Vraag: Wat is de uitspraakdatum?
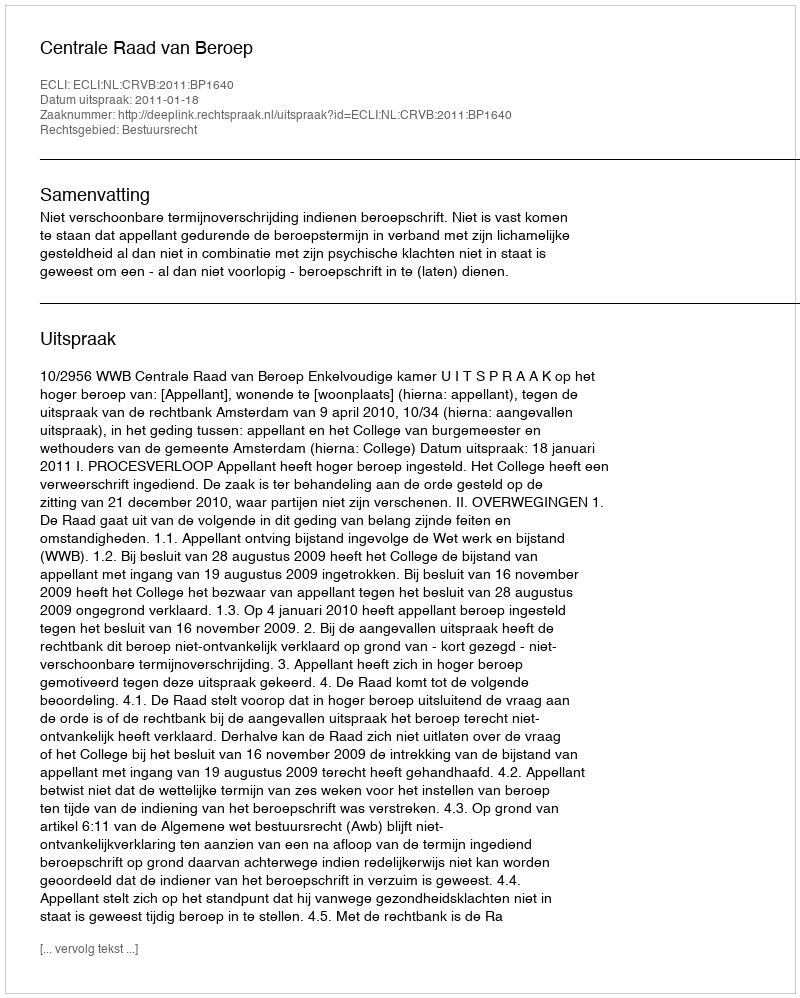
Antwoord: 2011-01-18